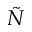
\tilde { N }